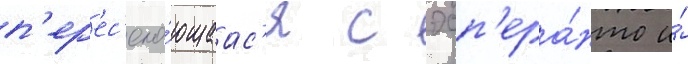
п'ер'ес'ека́ющаас'я с эсп'ера́нто и́